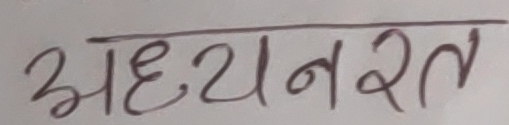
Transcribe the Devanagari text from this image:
अध्यनरत